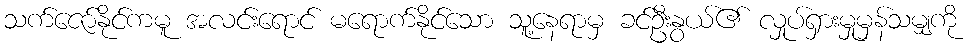
သက်ဇော်နိုင်ကမူ အလင်းရောင် မရောက်နိုင်သော သူ့နေရာမှ ခင်ဦးနွယ်၏ လှုပ်ရှားမှုမှန်သမျှကို